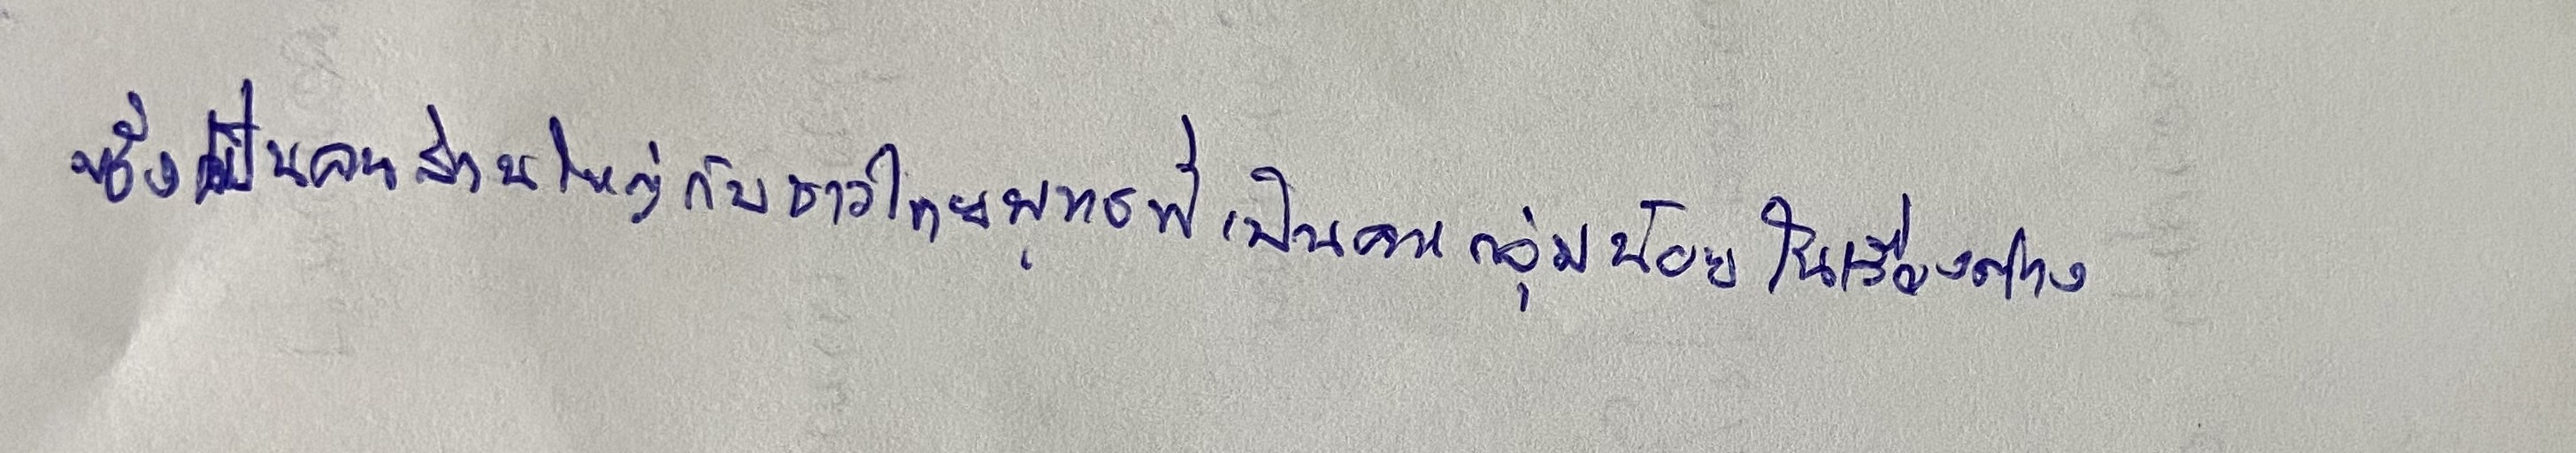
ซึ่งเป็นคนส่วนใหญ่กับชาวไทยพุทธที่เป็นคนกลุ่มน้อยในเรื่องต่าง